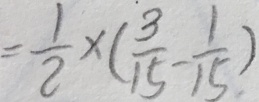
= \frac { 1 } { 2 } \times ( \frac { 3 } { 1 5 } - \frac { 1 } { 1 5 } )